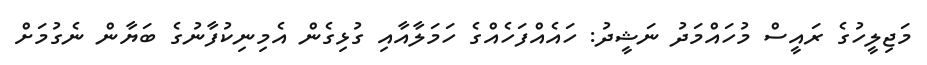
މަޖިލީހުގެ ރައީސް މުހައްމަދު ނަޝީދު: ހައެއްފަހެއްގެ ހަމަލާއާއި ގުޅިގެން އެމިނިކުފާނުގެ ބަޔާން ނެގުމަށް